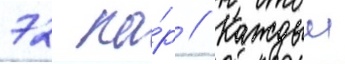
72 па́р // Каждыи